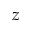
z